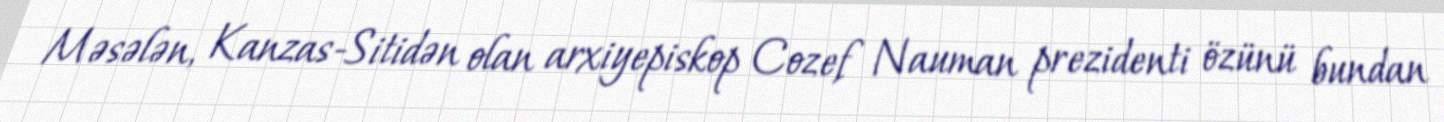
Məsələn, Kanzas-Sitidən olan arxiyepiskop Cozef Nauman prezidenti özünü bundan